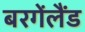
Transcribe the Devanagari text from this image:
बरगेंलैंड